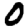
Digit: 0